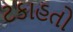
ટકાહતો